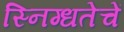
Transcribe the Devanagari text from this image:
स्निग्धतेचें